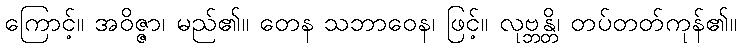
ကြောင့်။ အဝိဇ္ဇာ၊ မည်၏။ တေန သဘာဝေန၊ ဖြင့်။ လုဗ္ဘန္တိ၊ တပ်တတ်ကုန်၏။